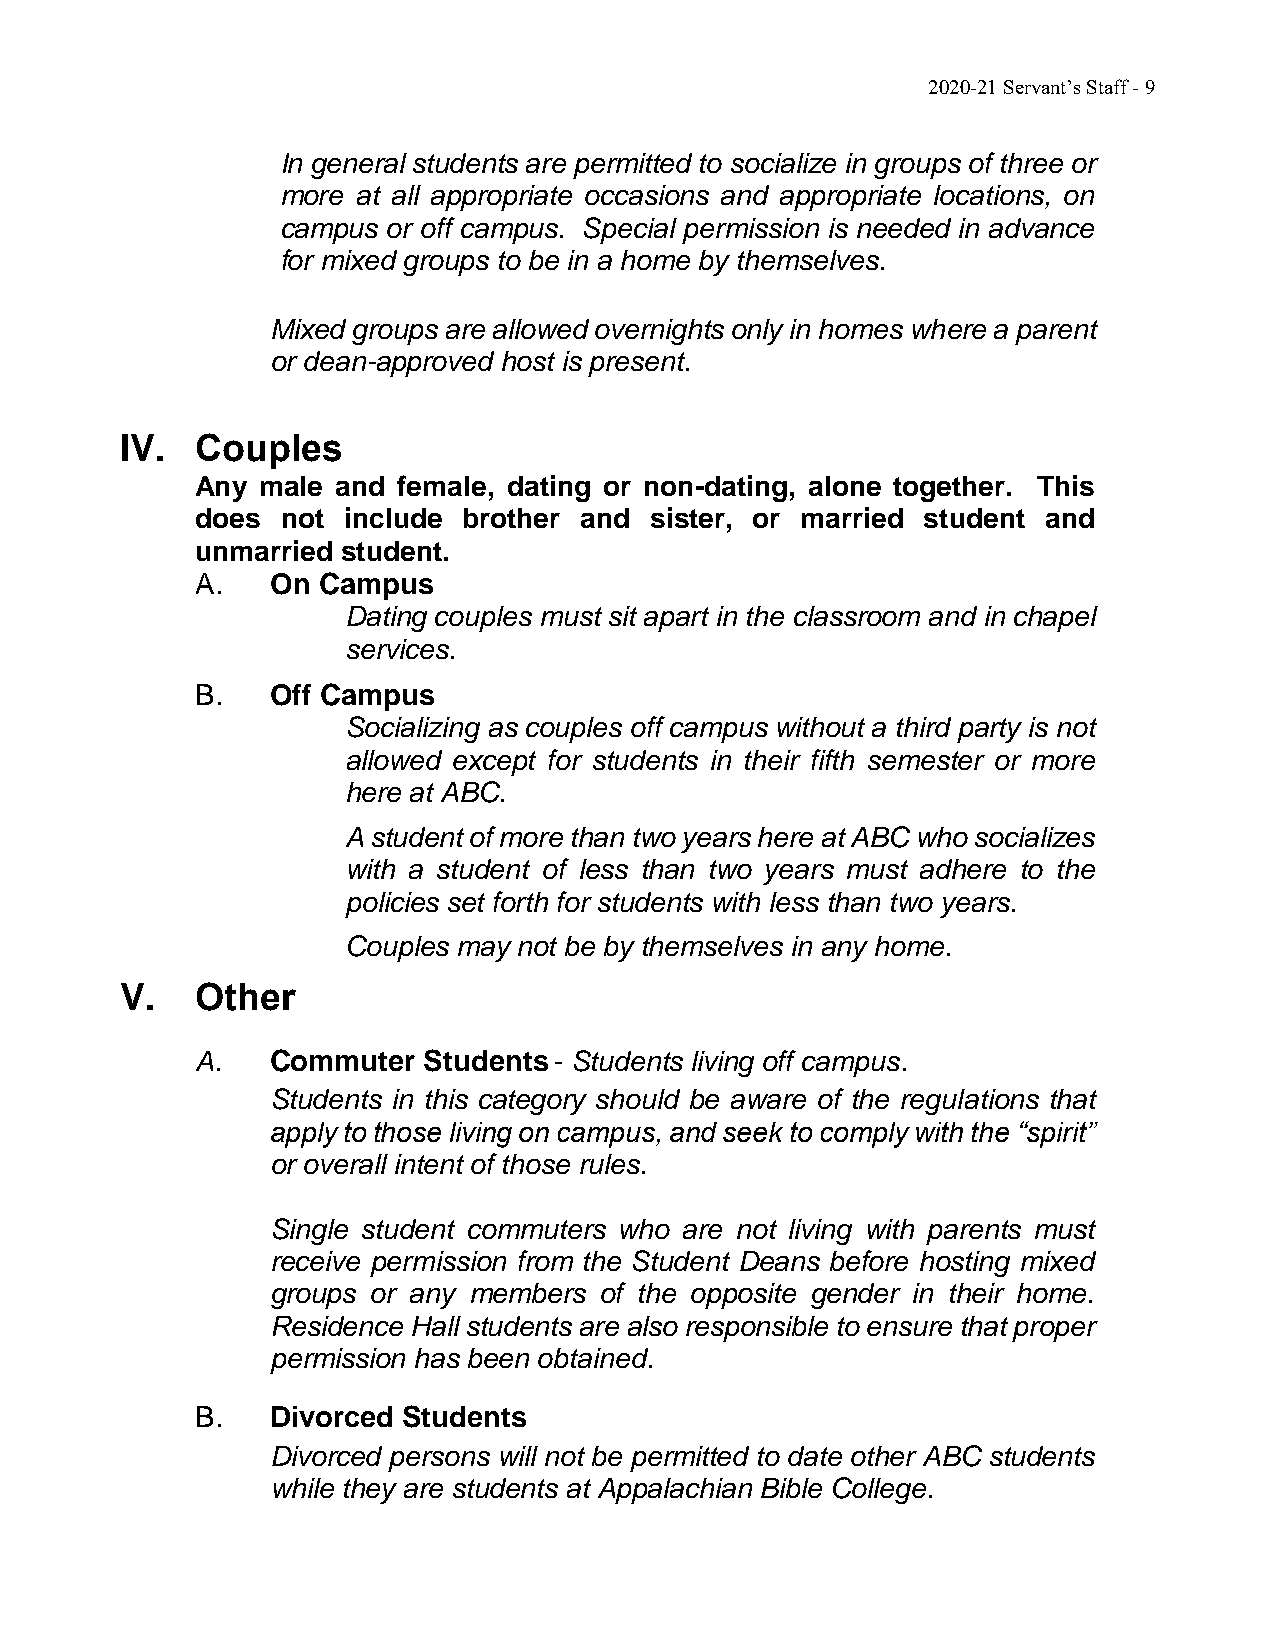
2020-21 Servant’s Staff - 9
 In general students are permitted to socialize in groups of three or
 more at all appropriate occasions and appropriate locations, on
 campus or off campus. Special permission is needed in advance
 for mixed groups to be in a home by themselves.
 Mixed groups are allowed overnights only in homes where a parent
 or dean-approved host is present.
 IV.  Couples
 Any male and female, dating or non-dating, alone together. This
 does  not include brother and sister, or married student and
 unmarried student.
 A.   On Campus
 Dating couples must sit apart in the classroom and in chapel
 services.
 B.   Off Campus
 Socializing as couples off campus without a third party is not
 allowed except for students in their fifth semester or more
 here at ABC.
 A student of more than two years here at ABC who socializes
 with a student of less than two years must adhere to the
 policies set forth for students with less than two years.
 Couples may not be by themselves in any home.
 V.   Other
 A.   Commuter  Students - Students living off campus.
 Students in this category should be aware of the regulations that
 apply to those living on campus, and seek to comply with the “spirit”
 or overall intent of those rules.
 Single student commuters who are not living with parents must
 receive permission from the Student Deans before hosting mixed
 groups or any members of the opposite gender in their home.
 Residence Hall students are also responsible to ensure that proper
 permission has been obtained.
 B.   Divorced Students
 Divorced persons will not be permitted to date other ABC students
 while they are students at Appalachian Bible College.